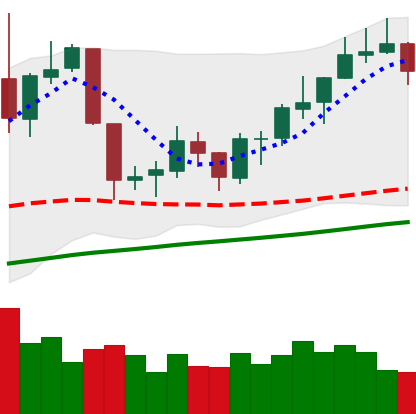
Ticker: NEO-USD
Chart end date: 2019-06-18
Forward return: 22.751%
Label: up_7plus